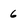
Character: 6